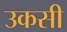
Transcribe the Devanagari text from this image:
उकसी